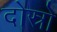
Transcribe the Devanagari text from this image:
दोस्रो